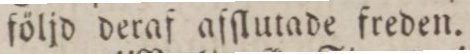
följd deraf aſſlutade freden.